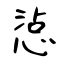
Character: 惉